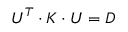
\boldsymbol { U } ^ { T } \cdot \boldsymbol { K } \cdot \boldsymbol { U } = \boldsymbol { D }